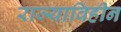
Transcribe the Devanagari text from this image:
राज्याविहीन